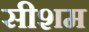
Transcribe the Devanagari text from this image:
सीशम